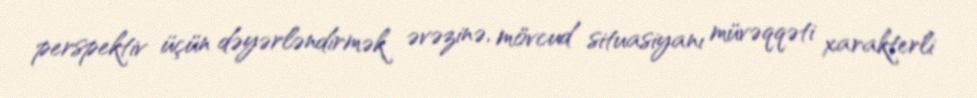
perspektiv üçün dəyərləndirmək əvəzinə, mövcud situasiyanı müvəqqəti xarakterli